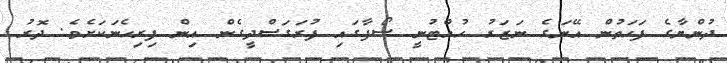
ދުންޔާގެ ފަހަތުން އޭނަގެ ނަޒަރު ހުއްޓުނީ ސޯފާގައި ފުރަގަސްދީގެން އިން ފިރިހެނަކަށެވެ. ދޮރު